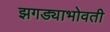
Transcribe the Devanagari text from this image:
झगड्याभोवती